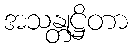
အသန္တုဋ္ဌိတာ